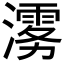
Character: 𱩉